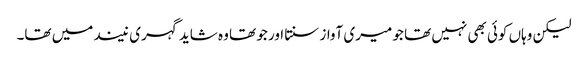
لیکن وہاں کوئی بھی نہیں تھا جو میری آواز سنتا اور جو تھا وہ شاید گہری نیند میں تھا۔